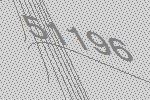
51196